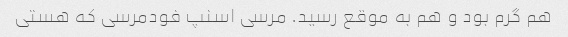
هم گرم بود و هم به موقع رسید. مرسی اسنپ فودمرسی که هستی